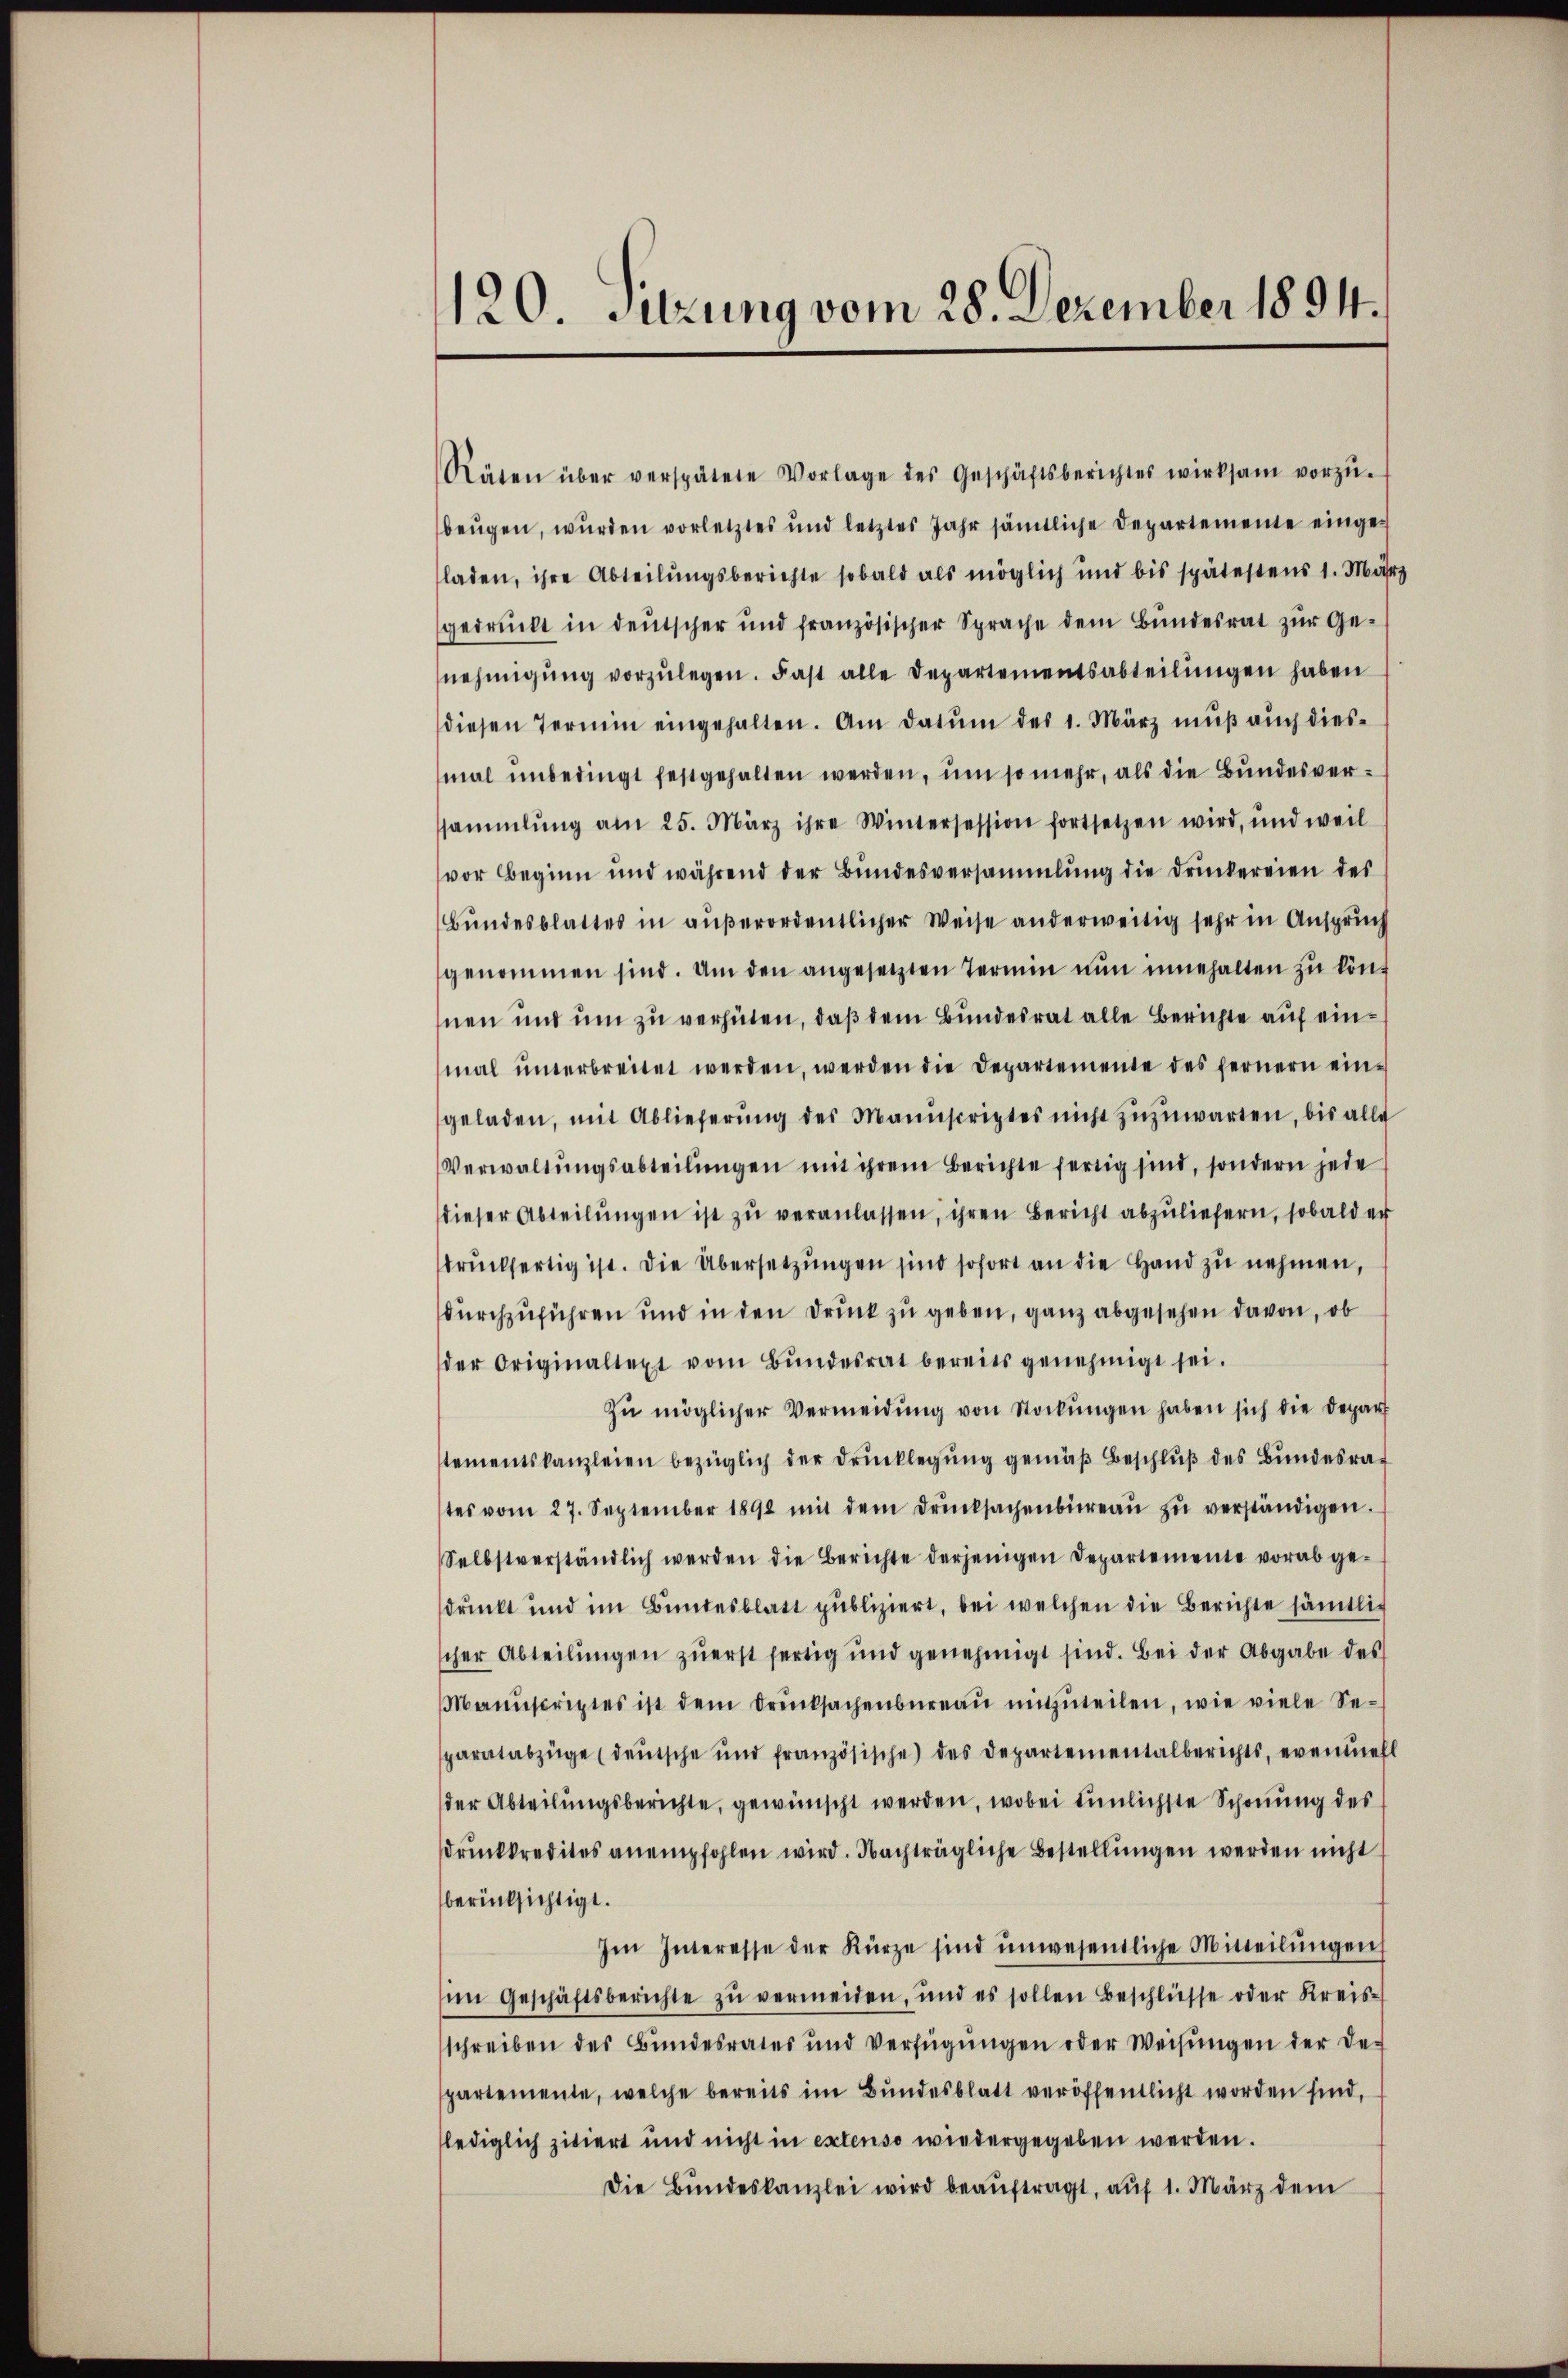
120. Sitzung vom 28. Dezember 1894.

Räten über verspätete Vorlage des Geschäftsberichtes wirksam vorzŭ-
beŭgen, wurden vorletztes und letztes Jahr sämtliche Departemente eingeladen, ihre Abteilungsberichte sobald als möglich und bis spätestens 1. März
gedruckt in deutscher und französischer Sprache dem Bŭndesrat zŭr Genehmigŭng vorzŭlegen. Fast alle Departementsabteilŭngen haben
diesen Termin eingehalten. Am datŭm des 1. März mŭβ aŭch dies-
mal unbedingt festgehalten werden, um so mehr, als die Bundesverssammlung am 25. März ihre Wintersession fortsetzen wird, und weil
vor Beginn und während der Bŭndesversammlung die Druckereien des
Bŭndesblattes in aŭβerordentlicher Weise anderweitig sehr in Anspruch
genommen sind. Um den angesetzten Termin nŭn innehalten zu könf
hnen und um zu verhüten, daß dem Bundesrat alle Berichte auf einmal ŭnterbreitet werden, werden die Departemente des fernern eingeladen, mit Ablieferŭng des Mannscriptes nicht zŭzŭwarten, bis alle
Verwaltŭngsabteilŭngen mit ihrem Berichte fertig sind, sondern jede
dieser Abteilŭngen ist zŭ veranlassen, ihren Bericht abzuliefern, sobald er
druckfertig ist. Die Übersetzungen sind sofort an die Hand zu nehmen,
durchzuführen und in den Druck zu geben, ganz abgesehen davon, ob
der Originaltext vom Bŭndesrat bereits genehmigt sei.
Zŭ möglicher Vermeidung von Stockungen haben sich die Depart
tementskanzleien bezüglich der Drŭcklegŭng gemäβ beschlŭβ des Bŭndesra-
tes vom 27. September 1891 mit dem Drucksachenbüreaŭ zŭ verständigen.
Selbstverständlich werden die Berichte derjenigen Departemente vorab ge-
sdruckt und im Bundesblatt publiziert, bei welchen die Berichte sämtlicher Abteilungen zuerst fertig und genehmigt sind. Bei der Abgabe des
Manuscriptes ist dem Drucksachenbüreau mitzuteilen, wie viele Separatabzüge (deŭtsche und französische des Departementalberichts, evenmehl
der Abteilungsberichte, gewünscht werden, wobei einlichste Schonung des
druckkredites anempfohlen wird. Nachträgliche Bestellungen werden nicht
berücksichtigt.
Im Interesse der Kürze sind unwesentliche Mitteilŭngen
im Geschäftsberichte zŭ vermeiden, und es sollen beschlüsse oder Kreis-
schreiben des Bundesrates und verfügŭngen oder Weisŭngen der des
partemente, welche bereits im Bŭndesblatt veröffentlicht worden sind,
lediglich zitiert und nicht in extenso wiedergegeben werden.
Die Bŭndeskanzlei wird beaŭftragt, aŭf 1. März dem